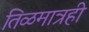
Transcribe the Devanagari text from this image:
तिळमात्रही